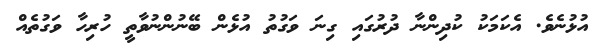
އުޅުނެވެ. އެކަމަކު ކުދިންނާ ދުރުގައި ގިނަ ވަގުތު އުޅެން ބޭނުންނުވާތީ ހުރިހާ ވަގުތެއް